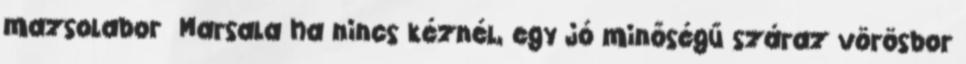
mazsolabor Marsala ha nincs kéznél, egy jó minőségű száraz vörösbor